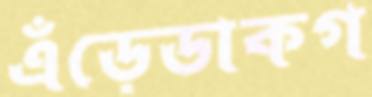
এঁড়েডাকগ